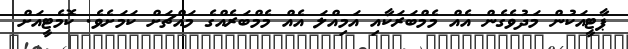
ޕާޓީއަކުން މަދުވެގެން އެއް މެމްބަރަކާއި އަމިއްލަ އެއް މެމްބަރެއްގެ މައްޗަށް ކަމަށެވެ. ކޮމެޓީއަށް